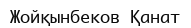
Жойқынбеков Қанат